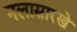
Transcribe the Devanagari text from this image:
नलासारखे